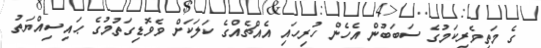
ގެ މަތިވެރިކަމުގެ ސަބަބުން އެހެން ހުރިހައި އެއްޗެއްގެ ކަލަކަށް ވެވޮޑިގަތުމުގެ ޙައިސިއްޔަތު